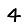
Digit: 4